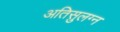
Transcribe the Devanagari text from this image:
अतिसुलग्न